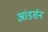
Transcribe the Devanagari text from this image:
आंडर्सन